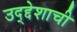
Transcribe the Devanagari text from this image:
उद्द्देशाची